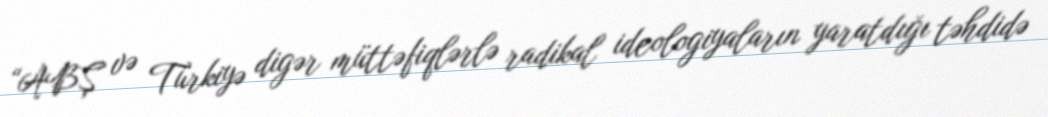
“ABŞ və Türkiyə digər müttəfiqlərlə radikal ideologiyaların yaratdığı təhdidə